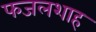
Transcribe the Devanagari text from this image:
फजलशाह